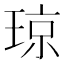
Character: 琼